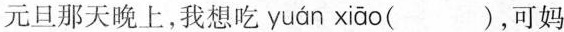
元旦那天晚上，我想吃 yuán xiāo ( )，可妈